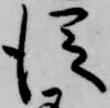
従